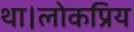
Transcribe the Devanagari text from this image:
था।लोकप्रिय